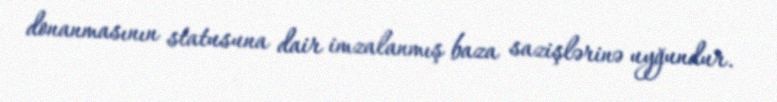
donanmasının statusuna dair imzalanmış baza sazişlərinə uyğundur.